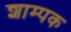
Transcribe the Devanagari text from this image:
शाम्पक